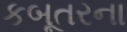
કબૂતરના